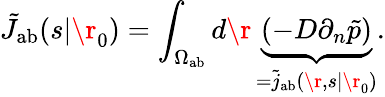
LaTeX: \tilde{J}_{\mathrm{{ab}}}(s|\r_{0})=\int_{\Omega_{\mathrm{{ab}}}}d\r\, \underbrace{(-D\partial_{n}\tilde{p})}_{=\tilde{j}_{\mathrm{{ab}}}(\r,s|\r_{0})}.